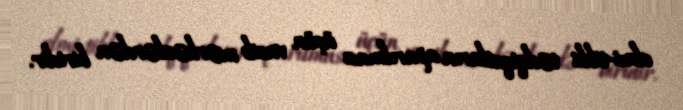
elmi-tibbi tədqiqatların aparılması üçün vacib mərkəzlərdən biridir.